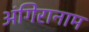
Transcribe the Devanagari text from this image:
अंगिरानाम